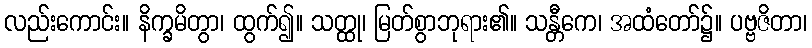
လည်းကောင်း။ နိက္ခမိတွာ၊ ထွက်၍။ သတ္ထု၊ မြတ်စွာဘုရား၏။ သန္တီကေ၊ အထံတော်၌။ ပဗ္ဗဇိတာ၊